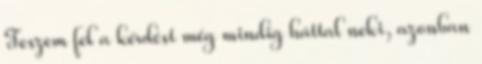
Teszem fel a kérdést még mindig háttal neki, azonban